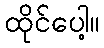
ထိုင်ပေါ့။